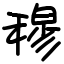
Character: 穆